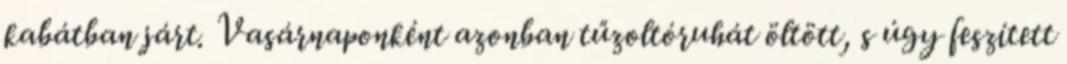
kabátban járt. Vasárnaponként azonban tűzoltóruhát öltött, s úgy feszített